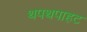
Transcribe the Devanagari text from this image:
थपथपाहट